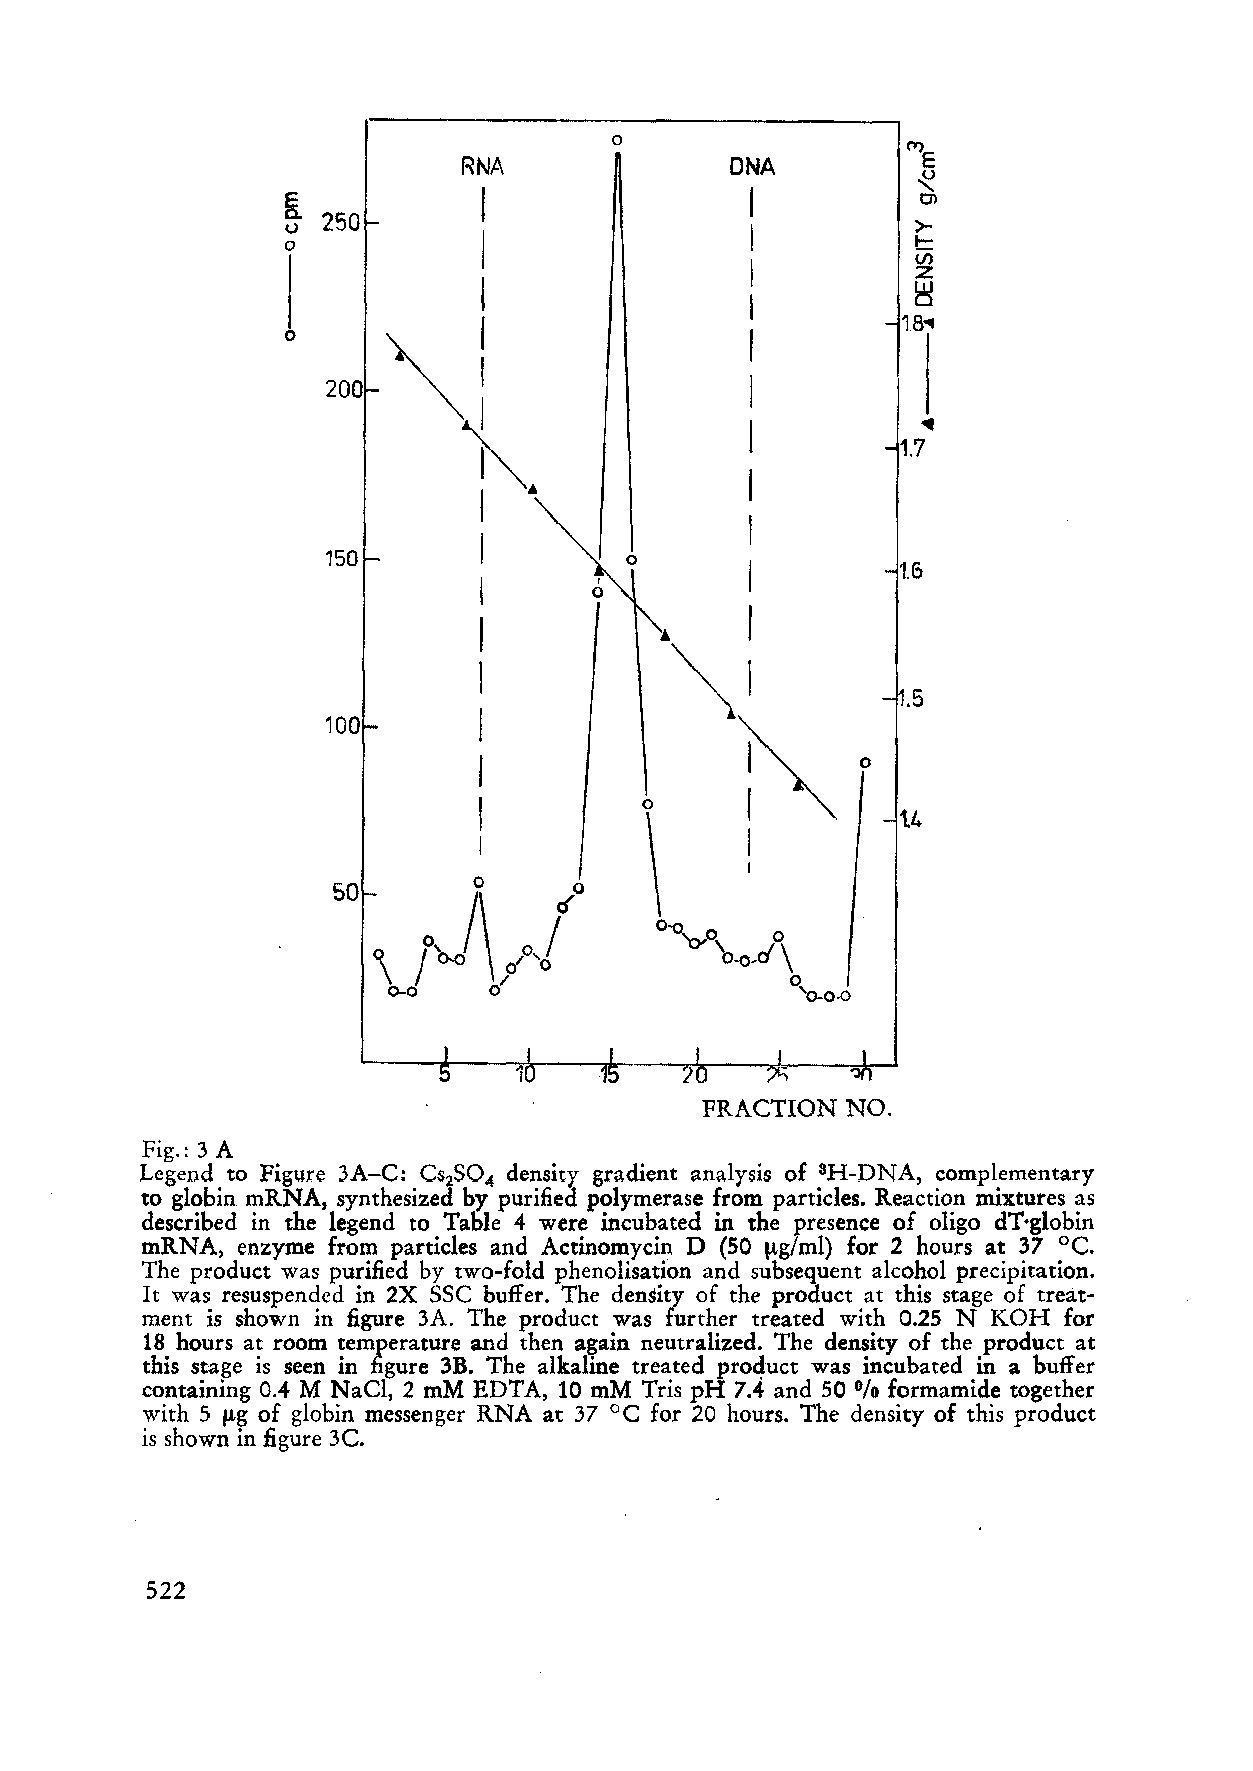
o
 !'Y)E
 RNA              DNA
 ~
 K            I                 I          Cl
 () 250                                    >
 o            I                 I          t
 I         U)
 Z
 I
 I          ~
 18'"
 o                              I
 200                         I
 •
 I
 1.7
 I
 I  •
 I
 I
 150
 I         1.5
 I
 I
 I           ~
 I           ~I
 .5
 I
 100
 ~O
 I
 I
 1.4
 I
 I
 lJ\                   I
 p,oj'/
 50 '\
 0-0   0
 2
 FRACTION  NO.
 Fig.: 3 A
 Legend to Figure 3A-C: CS S0 density gradient analysis of 3H-DNA, complementary
 2  4
 to globin mRNA, synthesized by purified polymerase from particles. Reaction mixtures as
 described in the legend to Table 4 were incubated in the presence of oligo dT·globin
 mRNA,  enzyme from particles and Actinomycin D (50 ltg/ml) for 2 hours at 37 oe.
 The product was purified by two-fold phenolisation and subsequent alcohol precipitation.
 It was resuspended in 2X SSC buffer. The density of the product at this stage of treat
 ment is shown in figure 3A. The product was further treated with 0.25 N KOH for
 18 hours at room temperature and then aga in neutralized. The density of the product at
 this stage is seen in figure 3B. The alkaline treated product was incubated in a buffer
 containing 0.4 M NaCl. 2 mM EDTA, 10 mM Tris pH 7,4 and 50 0/0 formamide together
 with 5 ltg of globin messen ger RNA at 37°C for 20 hours. The density of this product
 is shown in figure 3e.
 522